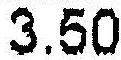
3.50